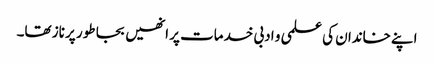
اپنے خاندان کی علمی و ادبی خدمات پر انھیں بجا طور پر ناز تھا۔